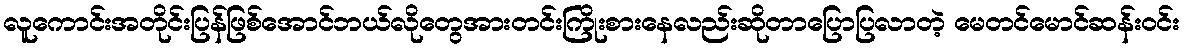
လူကောင်းအတိုင်းပြန်ဖြစ်အောင်ဘယ်လိုတွေအားတင်းကြိုးစားနေလည်းဆိုတာပြောပြလာတဲ့ မေတင်မောင်ဆန်းဝင်း